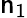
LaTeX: \mathsf{n}_{1}